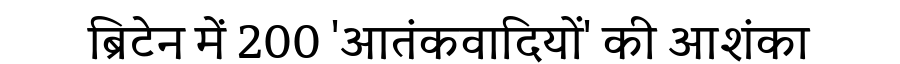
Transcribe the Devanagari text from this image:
ब्रिटेन में 200 'आतंकवादियों' की आशंका